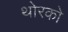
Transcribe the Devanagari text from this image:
थोरको